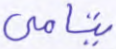
يتامى